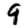
Digit: 9